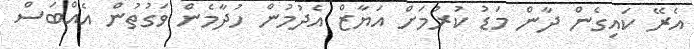
އެރޭ ކައިގެން ދާން މަޑު ކުރުމަށް އަޔާޒް އެދުމުން ހުދާމެން ވަގުތުން އެއްބަސް